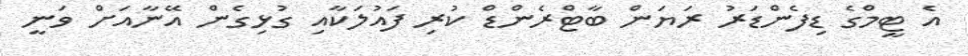
އެ ޓީމްގެ ޑިފެންޑަރު ރަޔަން ބާޓްރެންޑް ކުރި ފައުލަކާއި ގުޅިގެން އޭނާއަށް ވަނީ